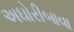
અઘોરીબાવા